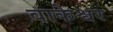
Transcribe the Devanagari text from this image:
वाकेश्वर